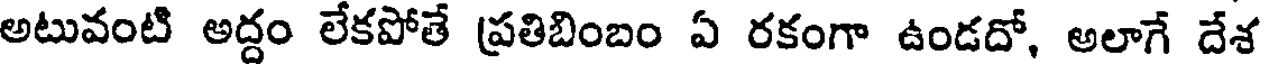
అటువంటి అద్దం లేకపోతే ప్రతిబింబం ఏ రకంగా ఉండదో, అలాగే దేశ